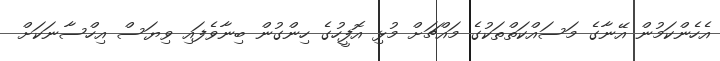
އެހެންކަމުން އޭނާގެ މަސައްކަތްތަކުގެ މައްޗަށް މުޅި އޮފީހުގެ ހިންގުން ބިނާވެފައި ވިޔަސް އިހްސާނަކަށް